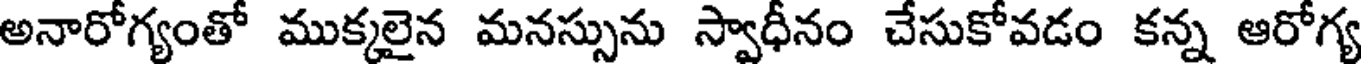
అనారోగ్యంతో ముక్కలైన మనస్సును స్వాధీనం చేసుకోవడం కన్న ఆరోగ్య